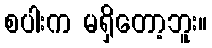
စပါးက မရှိတော့ဘူး။